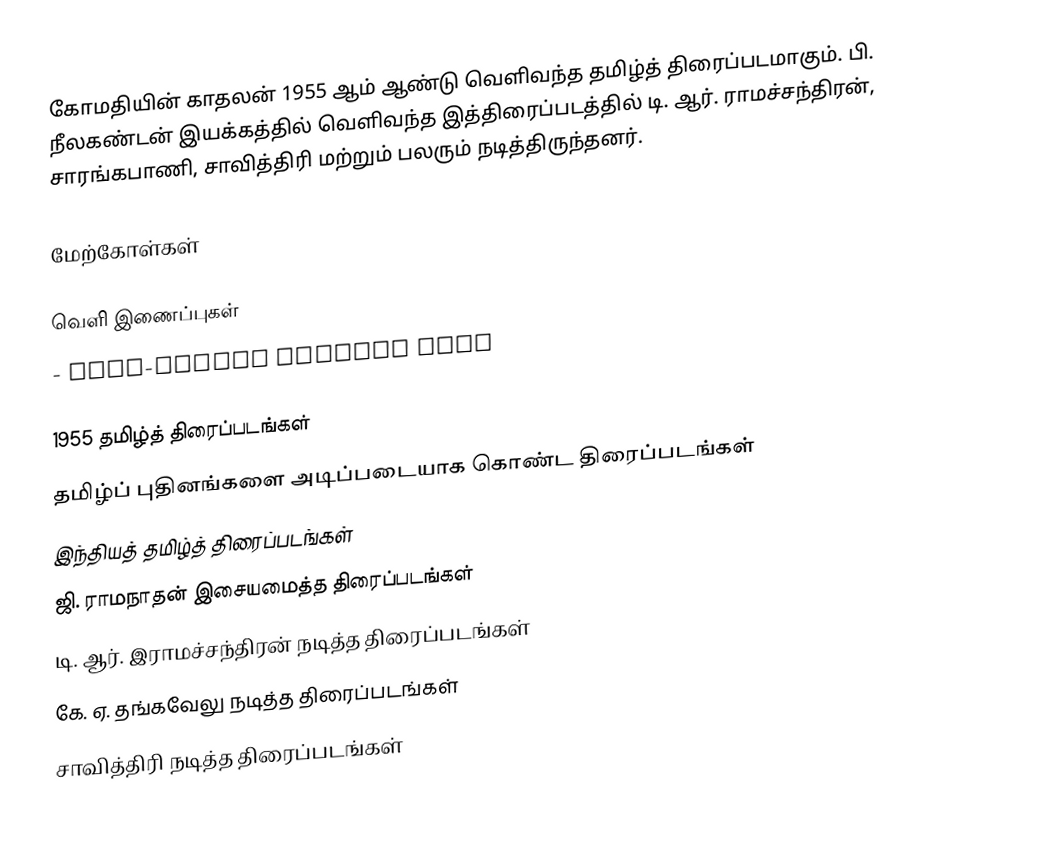
கோமதியின் காதலன் 1955 ஆம் ஆண்டு வெளிவந்த தமிழ்த் திரைப்படமாகும். பி. நீலகண்டன் இயக்கத்தில் வெளிவந்த இத்திரைப்படத்தில் டி. ஆர். ராமச்சந்திரன், சாரங்கபாணி, சாவித்திரி  மற்றும் பலரும் நடித்திருந்தனர்.

மேற்கோள்கள்

வெளி இணைப்புகள்
 - Full-length feature film

1955 தமிழ்த் திரைப்படங்கள்
தமிழ்ப் புதினங்களை அடிப்படையாக கொண்ட திரைப்படங்கள்
இந்தியத் தமிழ்த் திரைப்படங்கள்
ஜி. ராமநாதன் இசையமைத்த திரைப்படங்கள்
டி. ஆர். இராமச்சந்திரன் நடித்த திரைப்படங்கள்
கே. ஏ. தங்கவேலு நடித்த திரைப்படங்கள்
சாவித்திரி நடித்த திரைப்படங்கள்